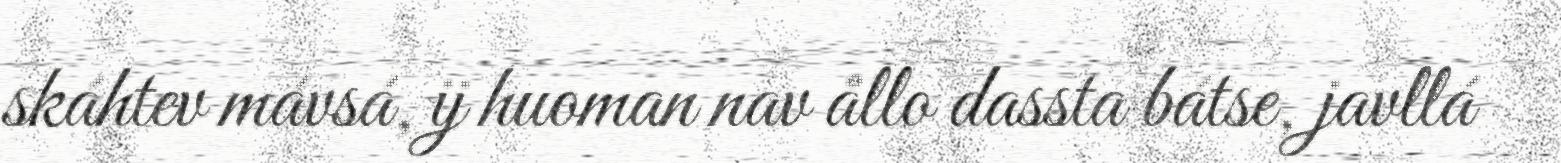
skáhtev mávsá, ij huoman nav ållo dassta bátse, javllá